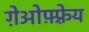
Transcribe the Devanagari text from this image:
ग़ेओफ़्फ़्रेय